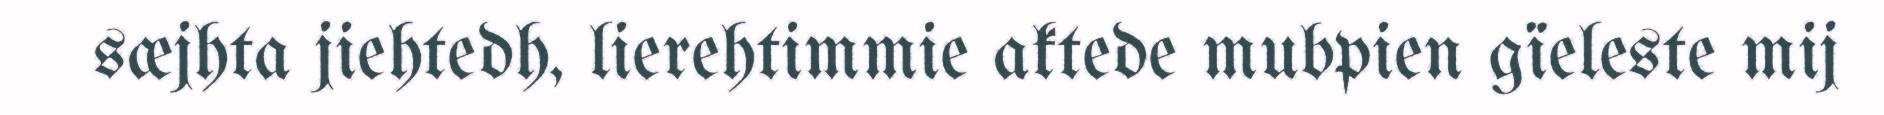
sæjhta jiehtedh, lierehtimmie aktede mubpien gïeleste mij